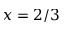
x = 2 / 3